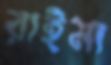
রাইমা